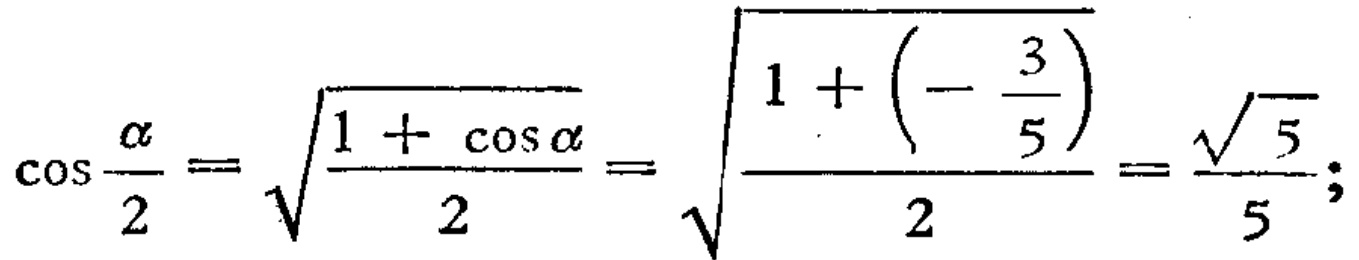
\(\cos\frac{\alpha}{2}=\sqrt{\frac{1 + \cos\alpha}{2}}=\sqrt{\frac{1+\left(-\frac{3}{5}\right)}{2}}=\frac{\sqrt{5}}{5};\)